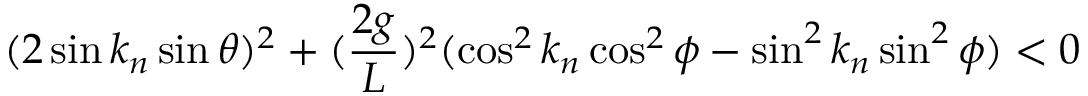
( 2 \sin k _ { n } \sin \theta ) ^ { 2 } + ( \frac { 2 g } { L } ) ^ { 2 } ( \cos ^ { 2 } k _ { n } \cos ^ { 2 } \phi - \sin ^ { 2 } k _ { n } \sin ^ { 2 } \phi ) < 0